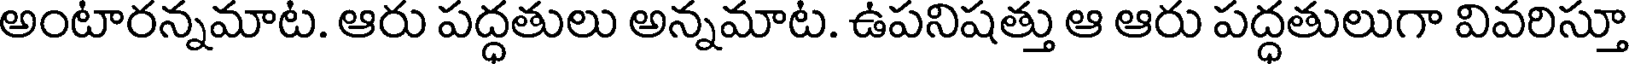
అంటారన్నమాట. ఆరు పద్ధతులు అన్నమాట. ఉపనిషత్తు ఆ ఆరు పద్ధతులుగా వివరిస్తూ